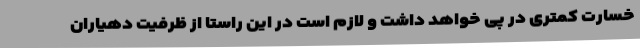
خسارت کمتری در پی خواهد داشت و لازم است در این راستا از ظرفیت دهیاران